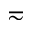
\eqsim